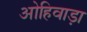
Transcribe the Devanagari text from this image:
ओहिवाड़ा